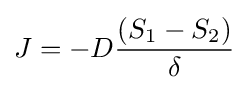
{\bigg .}J=-D{\frac {(S_{1}-S_{2})}{\delta }}{\bigg .}